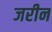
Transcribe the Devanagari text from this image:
जरीन